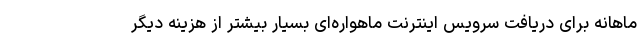
ماهانه برای دریافت سرویس اینترنت ماهواره‌ای بسیار بیشتر از هزینه دیگر